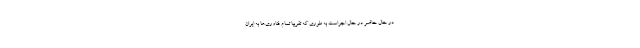
در حال حاضر در حال اجراست به طوری که تقریبا تمام فناوری‌ها به ایران